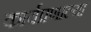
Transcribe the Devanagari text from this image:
कार्यप्रणाल्या